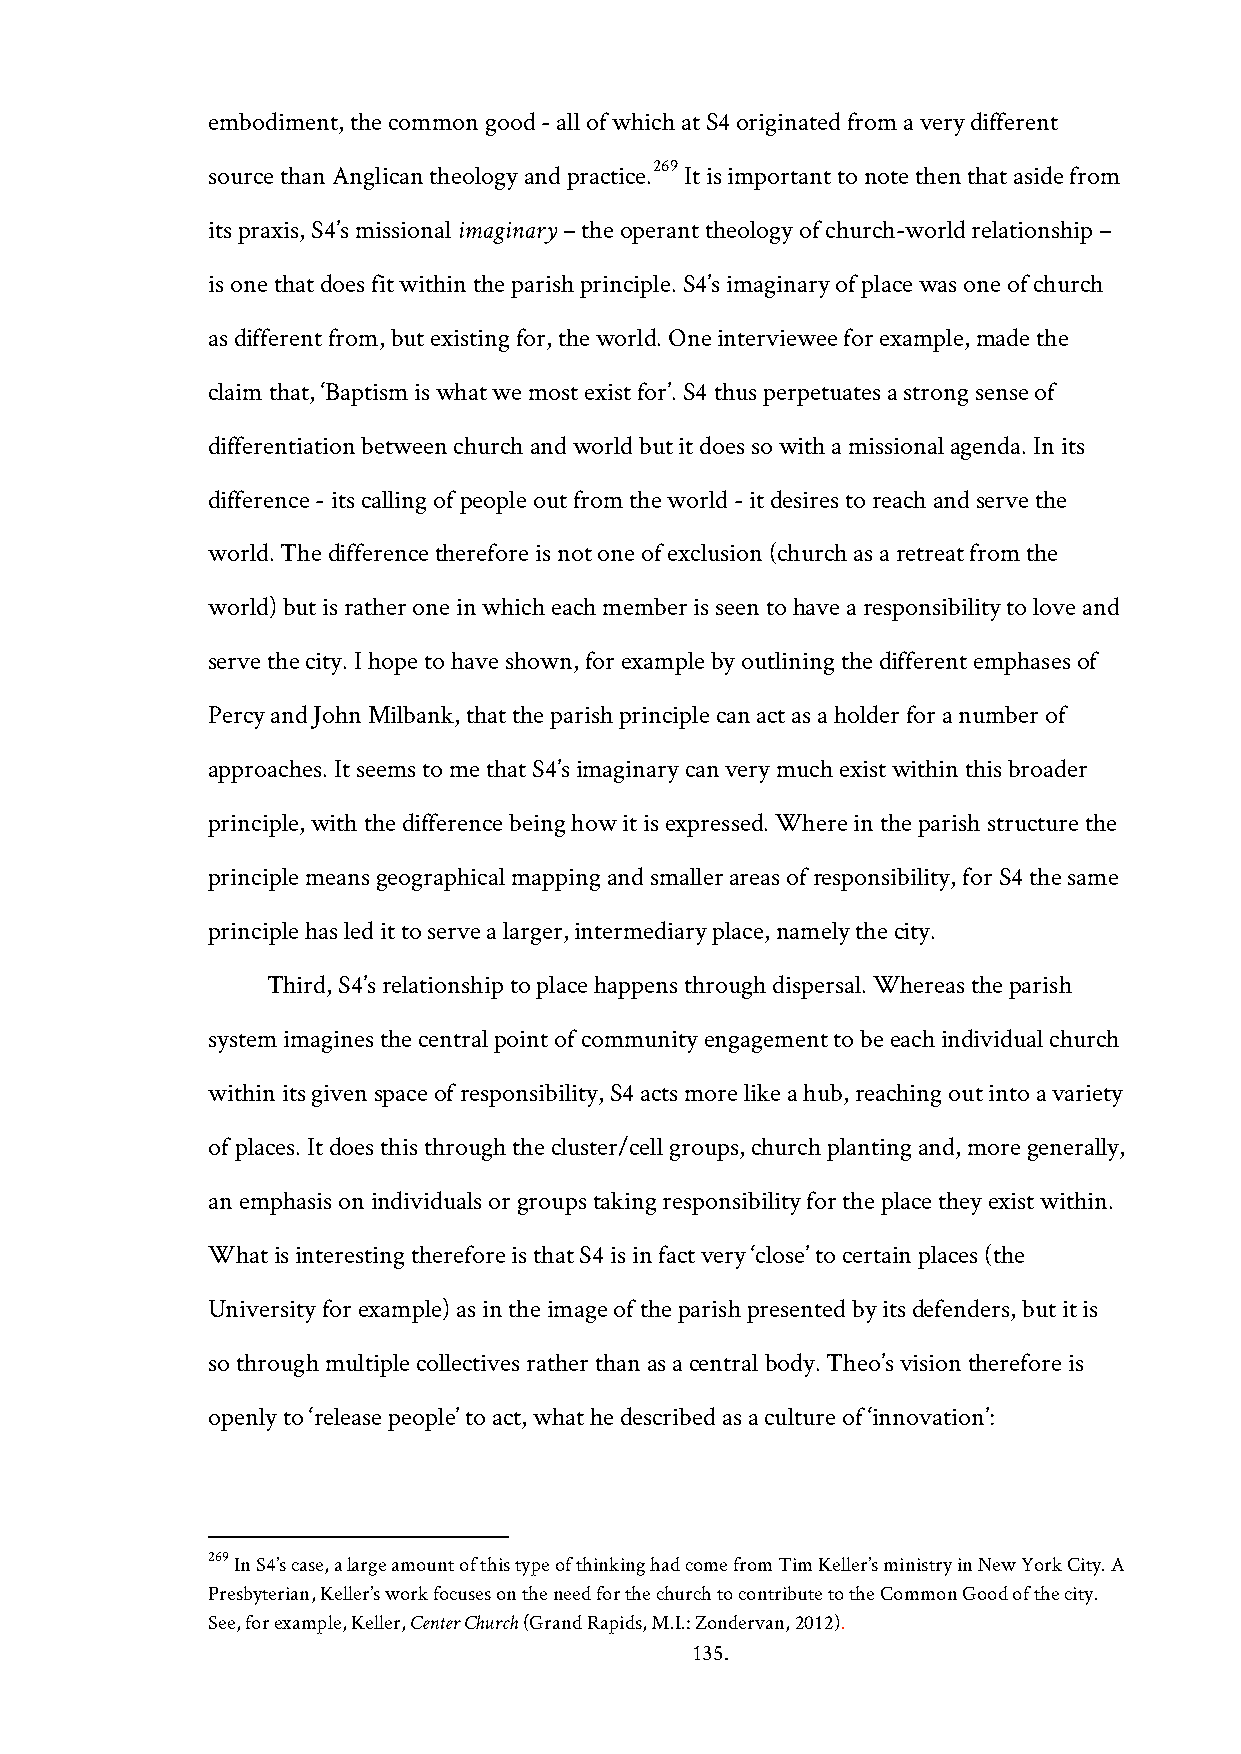
embodiment, the common good - all of which at S4 originated from a very different
 269
 source than Anglican theology and practice. It is important to note then that aside from
 its praxis, S4’s missional imaginary – the operant theology of church-world relationship –
 is one that does fit within the parish principle. S4’s imaginary of place was one of church
 as different from, but existing for, the world. One interviewee for example, made the
 claim that, ‘Baptism is what we most exist for’. S4 thus perpetuates a strong sense of
 differentiation between church and world but it does so with a missional agenda. In its
 difference - its calling of people out from the world - it desires to reach and serve the
 world. The difference therefore is not one of exclusion (church as a retreat from the
 world) but is rather one in which each member is seen to have a responsibility to love and
 serve the city. I hope to have shown, for example by outlining the different emphases of
 Percy and John Milbank, that the parish principle can act as a holder for a number of
 approaches. It seems to me that S4’s imaginary can very much exist within this broader
 principle, with the difference being how it is expressed. Where in the parish structure the
 principle means geographical mapping and smaller areas of responsibility, for S4 the same
 principle has led it to serve a larger, intermediary place, namely the city.
 Third, S4’s relationship to place happens through dispersal. Whereas the parish
 system imagines the central point of community engagement to be each individual church
 within its given space of responsibility, S4 acts more like a hub, reaching out into a variety
 of places. It does this through the cluster/cell groups, church planting and, more generally,
 an emphasis on individuals or groups taking responsibility for the place they exist within.
 What is interesting therefore is that S4 is in fact very ‘close’ to certain places (the
 University for example) as in the image of the parish presented by its defenders, but it is
 so through multiple collectives rather than as a central body. Theo’s vision therefore is
 openly to ‘release people’ to act, what he described as a culture of ‘innovation’:
 269 In S4’s case, a large amount of this type of thinking had come from Tim Keller’s ministry in New York City. A
 Presbyterian, Keller’s work focuses on the need for the church to contribute to the Common Good of the city.
 See, for example, Keller, Center Church (Grand Rapids, M.I.: Zondervan, 2012).
 135.